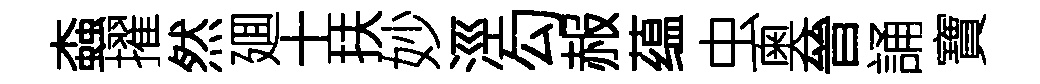
螙擢然廽士扶妙涇勾赧蕴虫奥晉誦寶